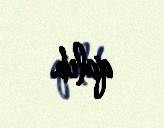
qalıb.